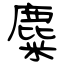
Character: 麋